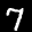
Label: 7